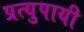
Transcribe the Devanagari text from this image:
प्रत्युपायी